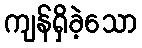
ကျန်ရှိခဲ့သော